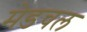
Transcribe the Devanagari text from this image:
मेडचल